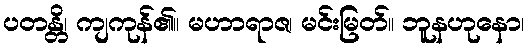
ပတန္တိ၊ ကျကုန်၏။ မဟာရာဇ၊ မင်းမြတ်။ ဘူနဟုနော၊